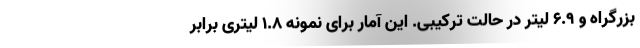
بزرگراه و 6.9 لیتر در حالت ترکیبی. این آمار برای نمونه 1.8 لیتری برابر